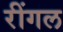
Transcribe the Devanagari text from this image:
रींगल